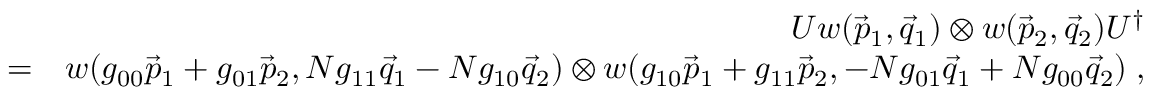
\begin{array} { r l r } & { } & { U w ( \vec { p } _ { 1 } , \vec { q } _ { 1 } ) \otimes w ( \vec { p } _ { 2 } , \vec { q } _ { 2 } ) U ^ { \dag } } \\ & { = } & { w ( g _ { 0 0 } \vec { p } _ { 1 } + g _ { 0 1 } \vec { p } _ { 2 } , N g _ { 1 1 } \vec { q } _ { 1 } - N g _ { 1 0 } \vec { q } _ { 2 } ) \otimes w ( g _ { 1 0 } \vec { p } _ { 1 } + g _ { 1 1 } \vec { p } _ { 2 } , - N g _ { 0 1 } \vec { q } _ { 1 } + N g _ { 0 0 } \vec { q } _ { 2 } ) \; , } \end{array}